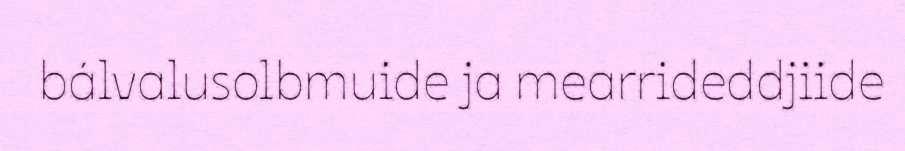
bálvalusolbmuide ja mearrideddjiide